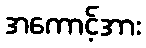
အကောင့်အား